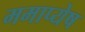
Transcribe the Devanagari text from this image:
ममाप्येष